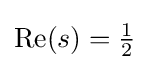
{\textstyle {\text{Re}}(s)={\frac {1}{2}}}